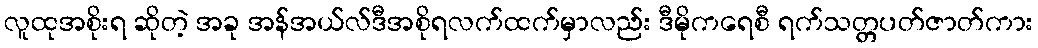
လူထုအစိုးရ ဆိုတဲ့ အခု အန်အယ်လ်ဒီအစိုရလက်ထက်မှာလည်း ဒီမိုကရေစီ ရက်သတ္တပတ်ဇာတ်ကား